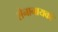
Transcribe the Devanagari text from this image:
सेनानायको